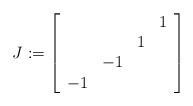
LaTeX: \begin{align*} J := \left[ {\begin{array}{cccc} & & & 1 \\ & & 1 & \\ & -1 & & \\ -1 & & & \\ \end{array} } \right]\end{align*}